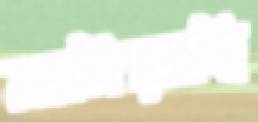
মাঙ্গিয়াছি